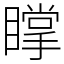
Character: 𥋇